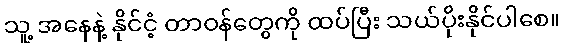
သူ့ အနေနဲ့ နိုင်ငံ့ တာဝန်တွေကို ထပ်ပြီး သယ်ပိုးနိုင်ပါစေ။